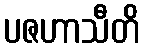
ပဇဟာသီတိ